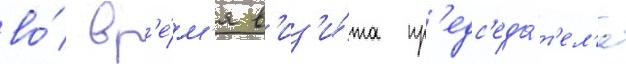
во́ вр'е́м'я в'из'и́та пр'едс'еда́т'ел'я